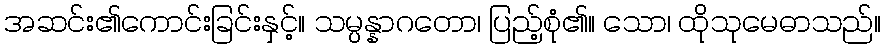
အဆင်း၏ကောင်းခြင်းနှင့်။ သမ္ပန္နာဂတော၊ ပြည့်စုံ၏။ သော၊ ထိုသုမေဓာသည်။